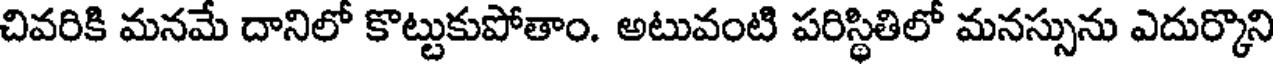
చివరికి మనమే దానిలో కొట్టుకుపోతాం. అటువంటి పరిస్థితిలో మనస్సును ఎదుర్కొని